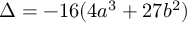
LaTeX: \Delta = - 1 6 ( 4 a ^ { 3 } + 2 7 b ^ { 2 } )